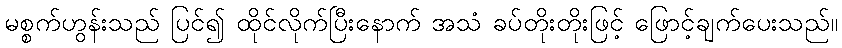
မစ္စက်ဟွန်းသည် ပြင်၍ ထိုင်လိုက်ပြီးနောက် အသံ ခပ်တိုးတိုးဖြင့် ဖြောင့်ချက်ပေးသည်။